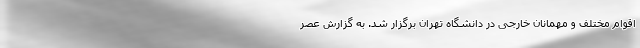
اقوام مختلف و مهمانان خارجی در دانشگاه تهران برگزار شد. به گزارش عصر